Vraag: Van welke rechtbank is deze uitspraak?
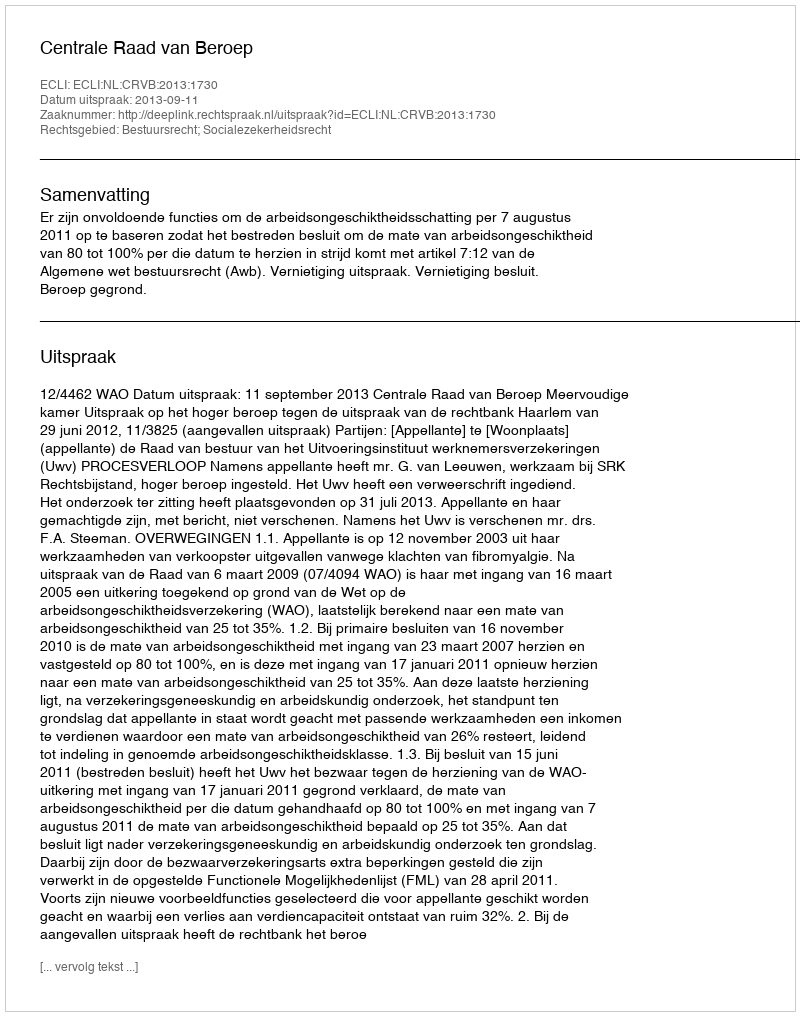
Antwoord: Centrale Raad van Beroep